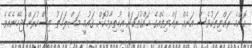
ކޮންމެ ރައްޔިތަކުވެސް އަނެއް ރައްޔިތެއްގެ ޙައްޤުތަކަށް އިހުތިރާމުކޮށް ޤައުމީ މަޞްލަޙަތު އިސްކުރަން ޖެހޭނެއެވެ.